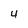
Character: 4